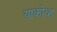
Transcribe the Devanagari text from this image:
याकोव्ह